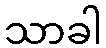
သာခါ